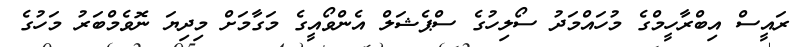
ރައީސް އިބްރާހީމްގެ މުހައްމަދު ސޯލިހުގެ ސްޕެޝަލް އެންވޯއީގެ މަގާމަށް މިދިޔަ ނޮވެމްބަރު މަހުގެ